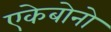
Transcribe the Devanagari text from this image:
एकेबोनो